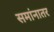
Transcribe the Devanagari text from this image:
समांनातर